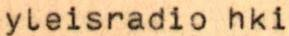
yleisradio hki